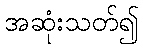
အဆုံးသတ်၍